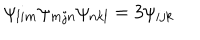
\psi _ { l i m } \psi _ { m j n } \psi _ { n k l } = 3 \psi _ { i j k }